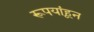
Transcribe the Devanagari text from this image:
रूपयांहून